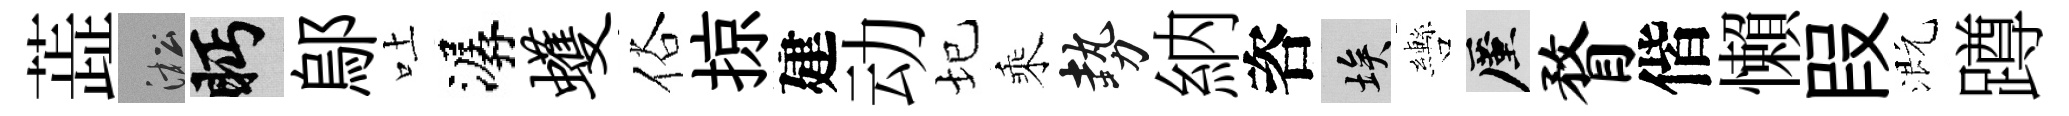
蕋淞眄鄔吐潺蠖俗掠建动圮乘勢納咨埃轡厪瞀偕懶叚溉蹲